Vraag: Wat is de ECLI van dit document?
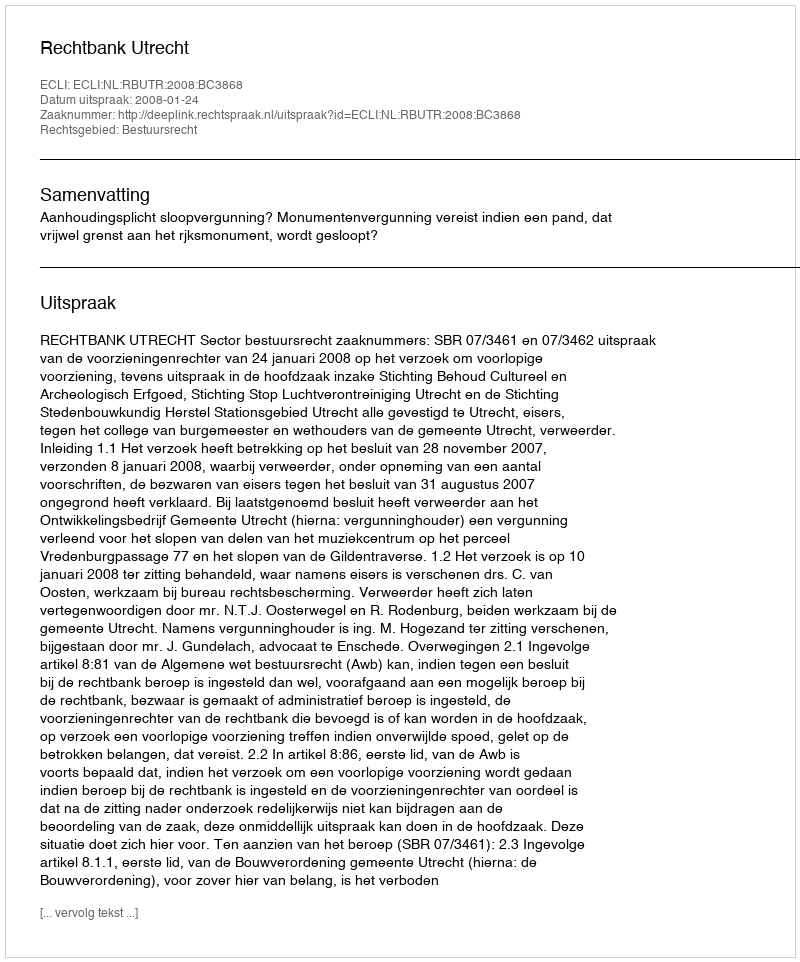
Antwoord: ECLI:NL:RBUTR:2008:BC3868